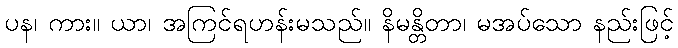
ပန၊ ကား။ ယာ၊ အကြင်ရဟန်းမသည်။ နိမန္တိတာ၊ မအပ်သော နည်းဖြင့်